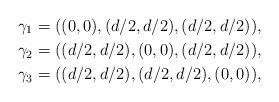
\begin{align*} &\gamma_1 = ((0,0), (d/2,d/2), (d/2,d/2)), \\&\gamma_2 = ((d/2,d/2), (0,0), (d/2,d/2)), \\ &\gamma_3 = ((d/2,d/2), (d/2,d/2), (0,0)), \end{align*}